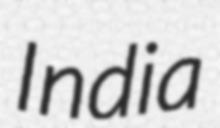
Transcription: India